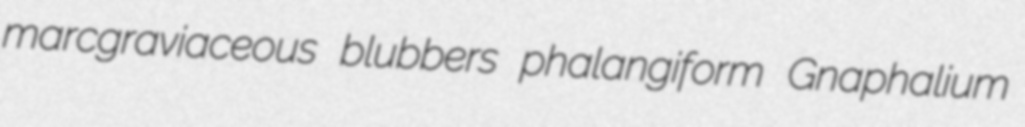
marcgraviaceous blubbers phalangiform Gnaphalium